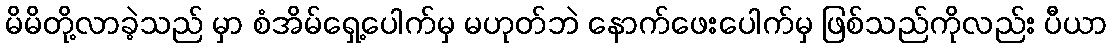
မိမိတို့လာခဲ့သည် မှာ စံအိမ်ရှေ့ပေါက်မှ မဟုတ်ဘဲ နောက်ဖေးပေါက်မှ ဖြစ်သည်ကိုလည်း ပီယာ